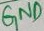
Text: GND